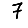
Digit: 7